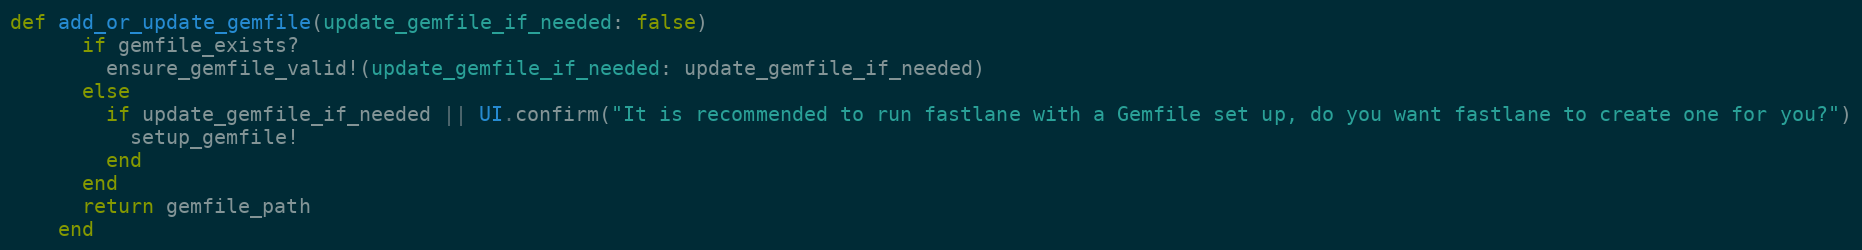
Language: Ruby
def add_or_update_gemfile(update_gemfile_if_needed: false)
      if gemfile_exists?
        ensure_gemfile_valid!(update_gemfile_if_needed: update_gemfile_if_needed)
      else
        if update_gemfile_if_needed || UI.confirm("It is recommended to run fastlane with a Gemfile set up, do you want fastlane to create one for you?")
          setup_gemfile!
        end
      end
      return gemfile_path
    end